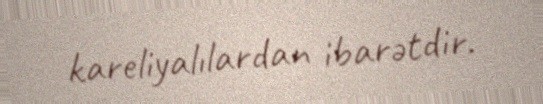
kareliyalılardan ibarətdir.